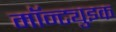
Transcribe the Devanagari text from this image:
मॉन्ट्युइक